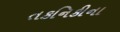
તકનિકીના